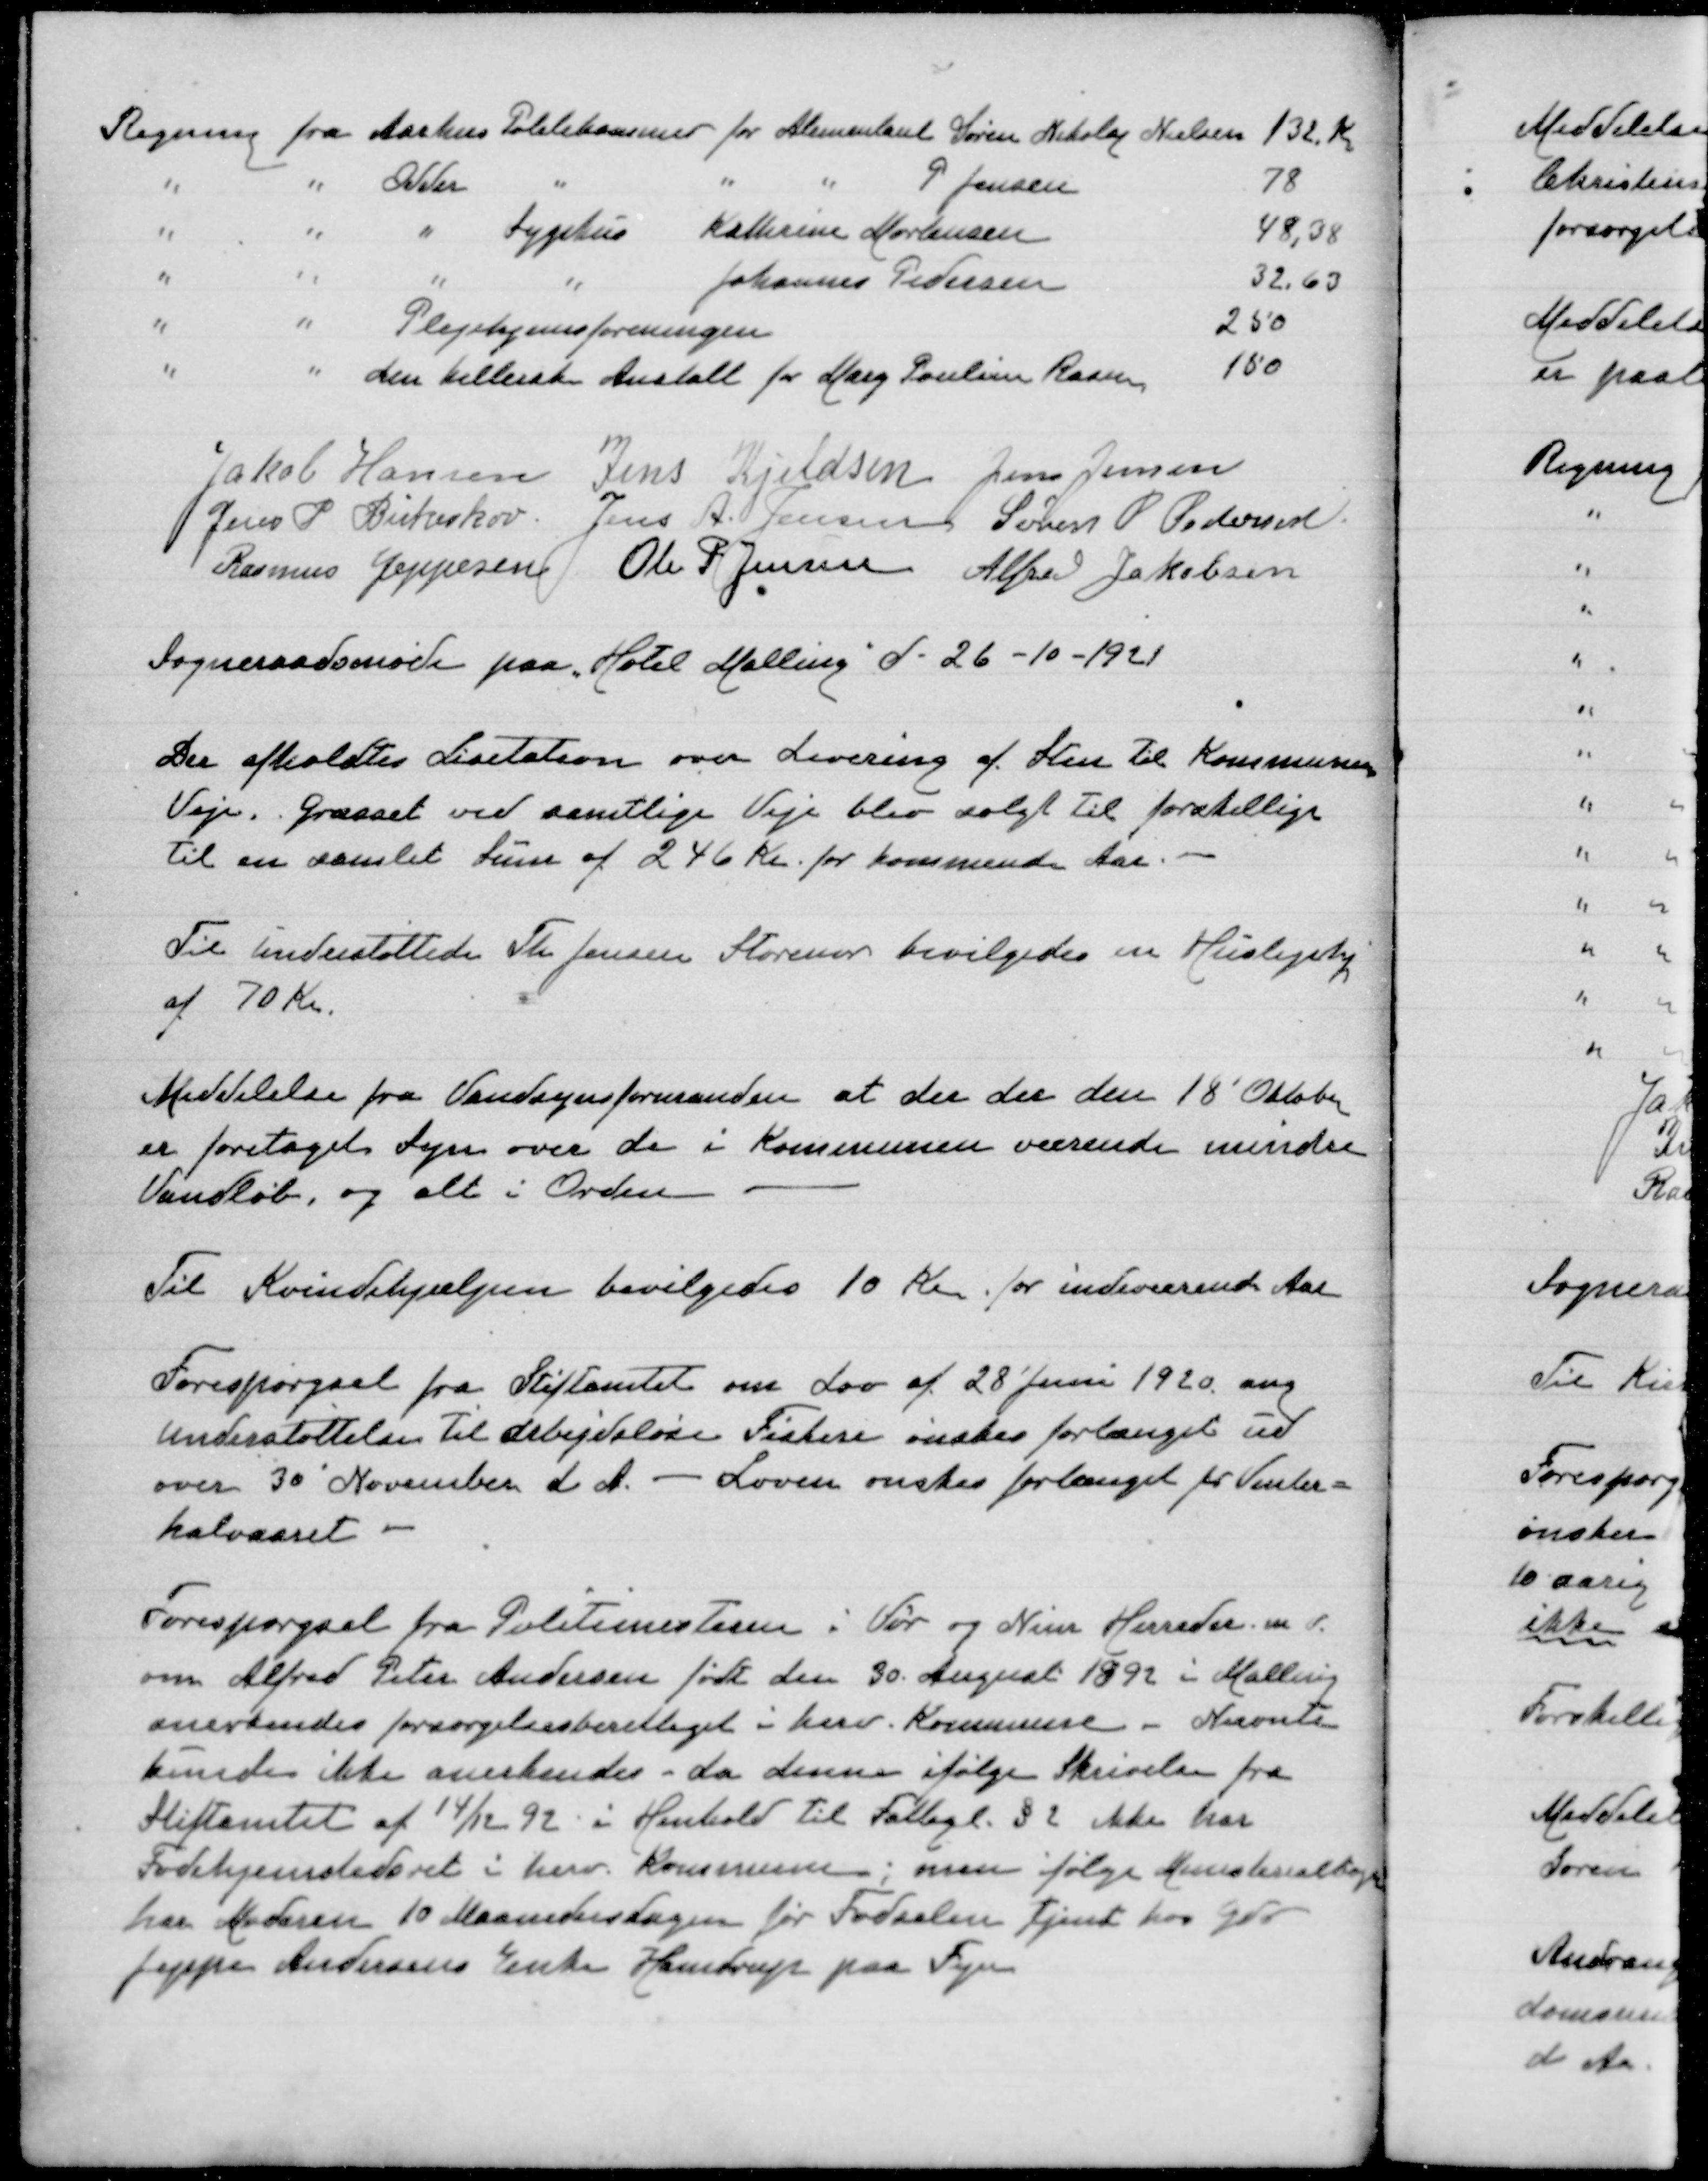
Transskription:
Regning fra Aarhus Politikammer for Alimentant Søren Nikolaj Nielsen 132 Kr
" " Odder " " " P Jensen 78
" " " Sygehus Kathrine Mortensen 48,38
" " " " Johannes Pedersen 32,63
" " Plejehjemsforeningen 250
" " den Kellerske Anstalt for Marg Poulsen Ravn 150

Jakob Hansen
Jens Kjeldsen
Jens Jensen
Jens P Birkeskov
Jens A Jensen
Søren P Pedersen
Rasmus Jeppesen
Ole P Jensen
Alfred Jakobsen

Sogneraadsmøde paa Hotel Malling d 26-10-1921

Der afholdtes Licitation over Levering af Sten til Kommunens
Veje. Græsset ved samtlige Veje blev solgt til forskellige
til en samlet Sum af 246 Kr for kommende Aar

Til uderstøttede Th Jensen Storenor bevilgedes en Huslejehj
af 70 Kr

Meddelelse fra Vandsynsformanden at der der den 18' Oktober
er foretaget Syn over de i Kommunen værende mindre
Vandløb, og alt i orden

Til Kvindehjælpen bevilgedes 10 Kr for indeværende Aar

Forespørgsel fra Stiftamtet om Lov af 28' Juni 1920 ang
Understøttelse til arbejdsløse Fiskere ønskes forlænget ud
over 30' November d A - Loven ønskes forlænget for Vinter=
halvaaret

Forespørgsel fra Politimesteren i Vor og Nim Herreder m f
om Alfred Peter Andersen født den 30 August 1892 i Malling
anerkendes forsørgelsesberettiget i herv Kommune. Nævnte
kunde ikke anerkendes - da denne ifølge Skrivelsen fra
Stiftamtet af 14/12 92 i Henhold til Fattigl §2 ikke har
Fødehjemstedsret i herv Kommune; men ifølge Ministerialbogen
har Moderen 10 Maanedersdgaen før Fødselen tjent hos Gdr
Jeppe Andersens Enke i Haustrup paa Fyn